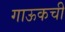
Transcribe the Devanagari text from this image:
गाऊकची